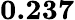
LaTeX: \mathbf{0.237}